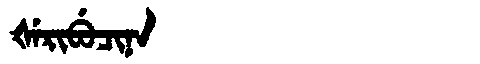
Manchu: ᡧᡝᡵᡳᠪᡠᠴᡳᠨᠠ
Romanization: ŠERIBUCINA